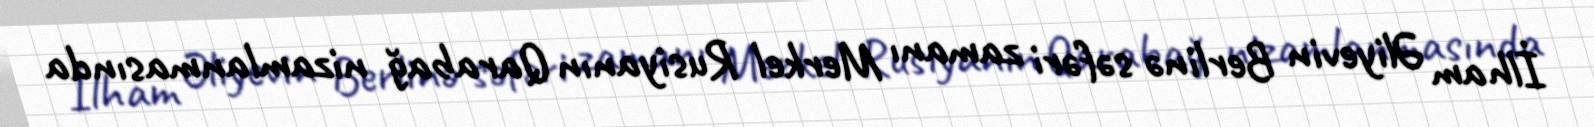
İlham Əliyevin Berlinə səfəri zamanı Merkel Rusiyanın Qarabağ nizamlanmasında